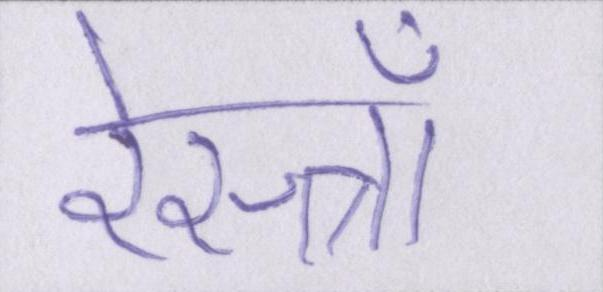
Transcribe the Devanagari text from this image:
रेस्त्राँ